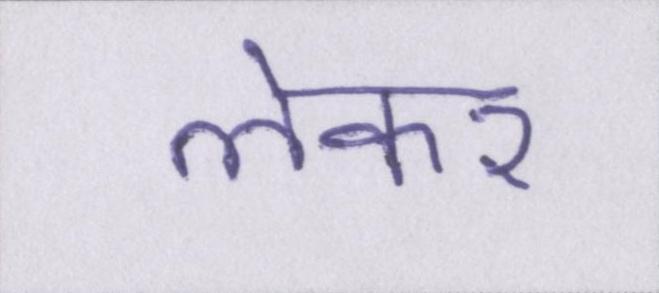
लेकर